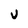
Character: V